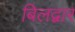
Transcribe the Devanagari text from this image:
बिलद्वार